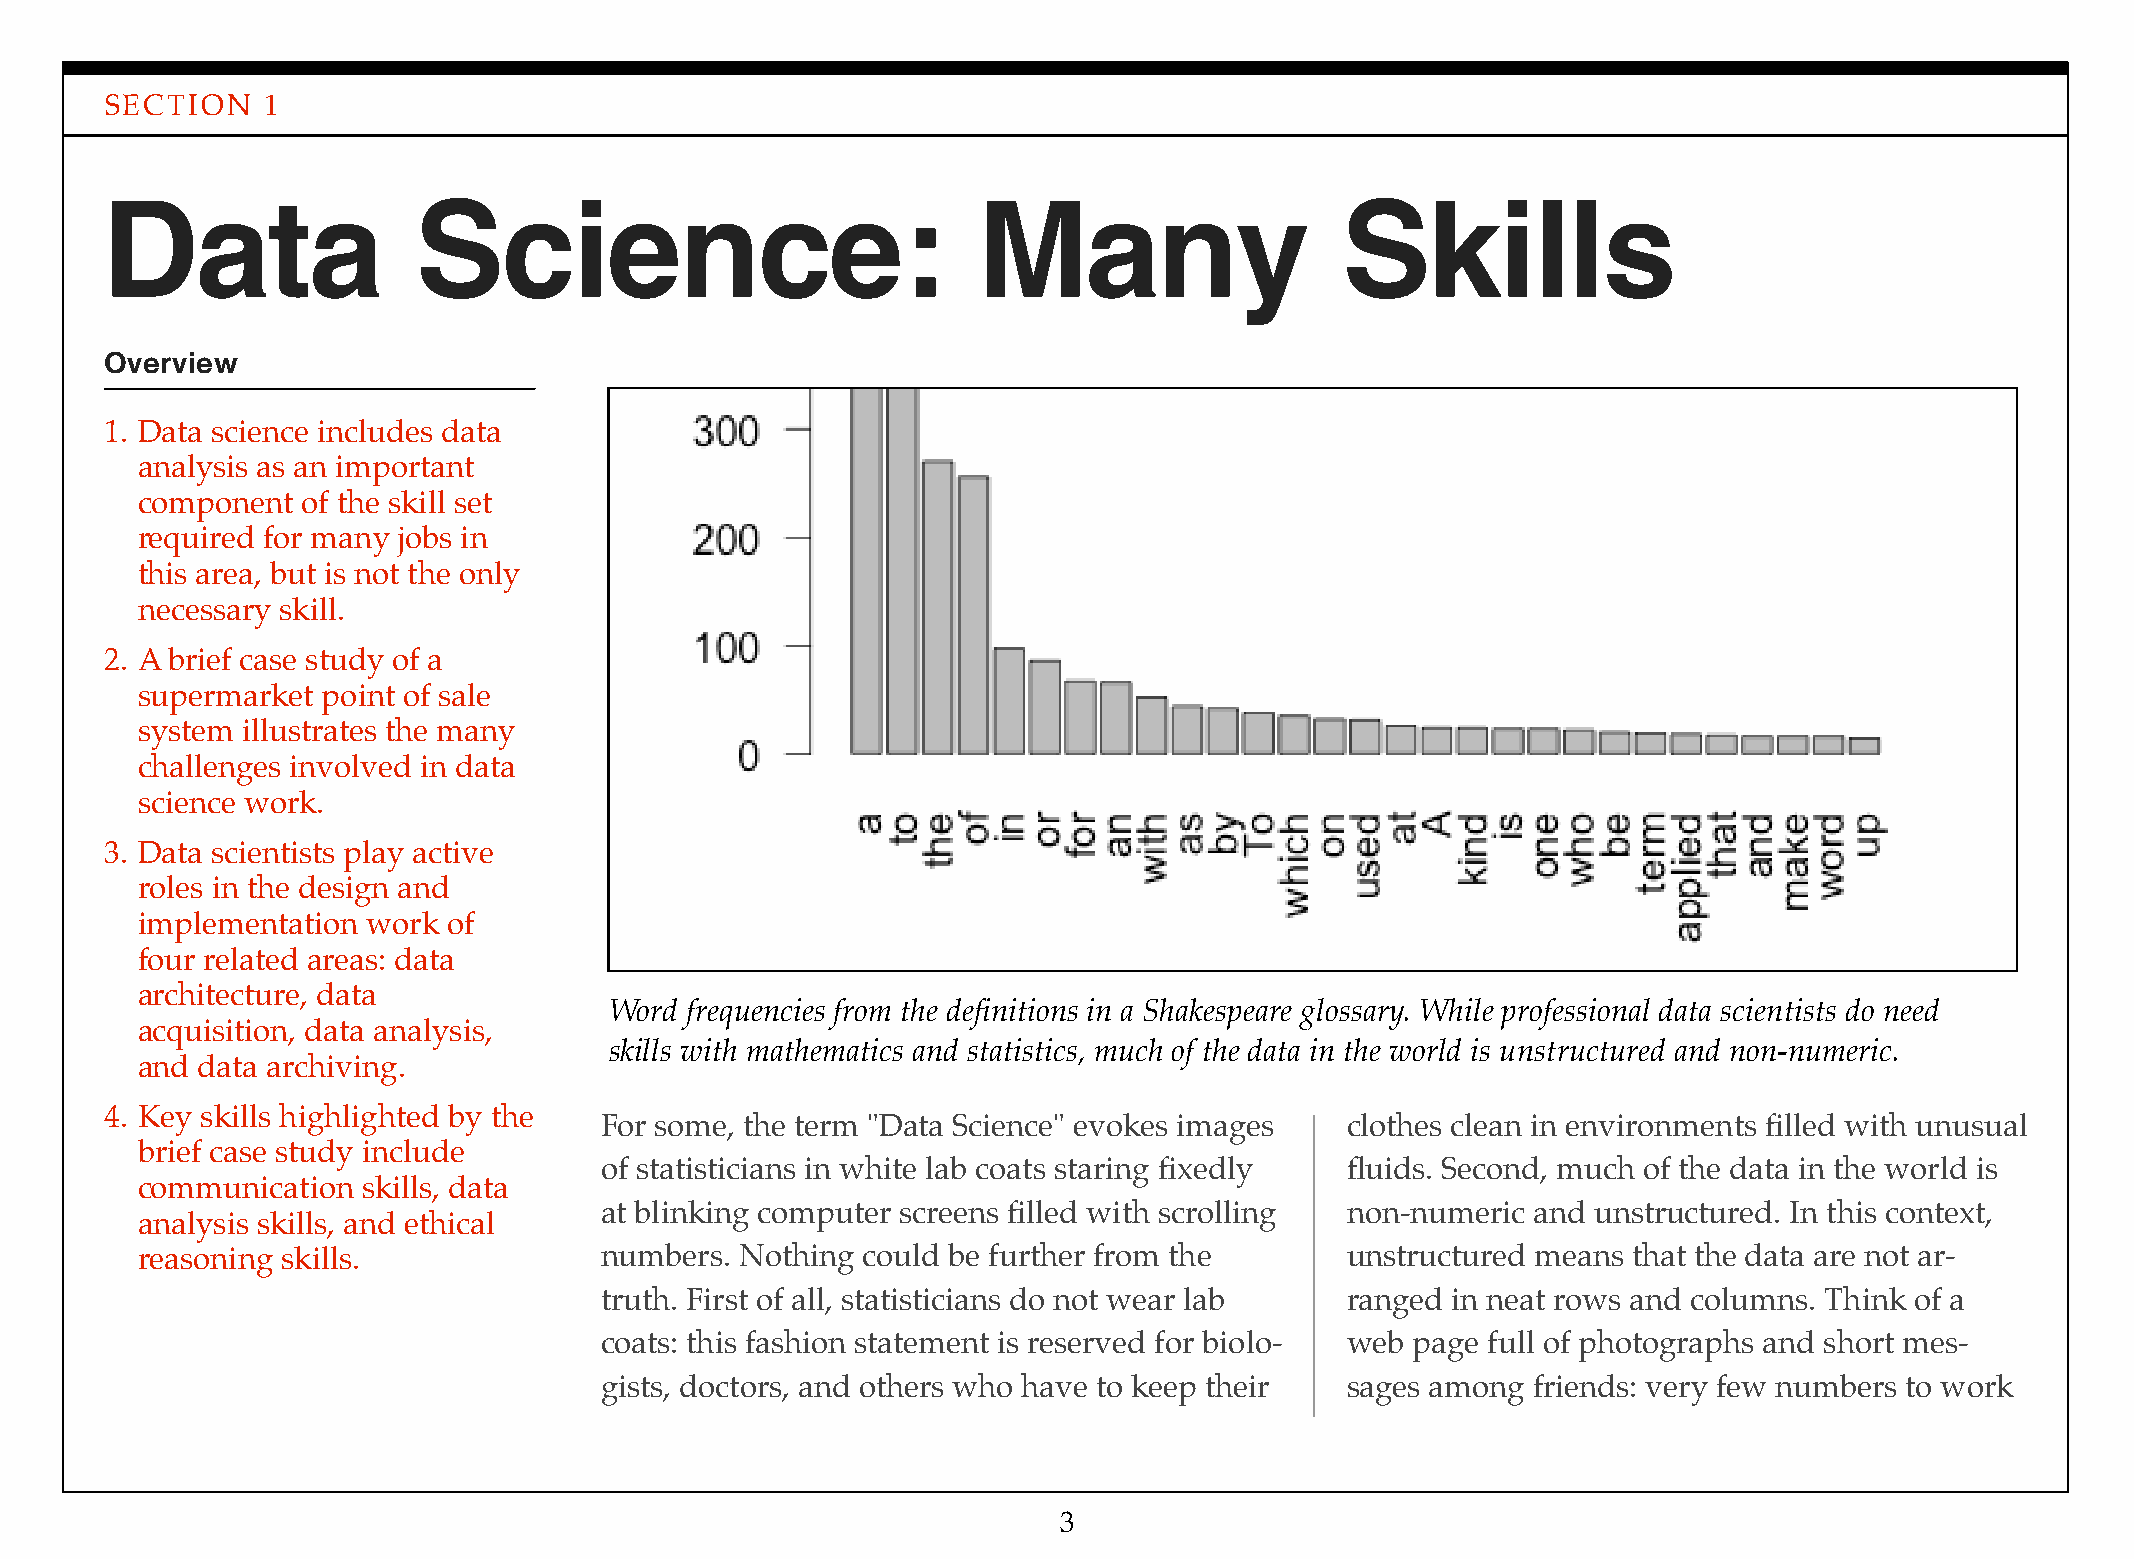
SECTION   1
 Data                Science:                              Many                    Skills
 Overview
 1. Data science includes data
 analysis as an important
 component  of the skill set
 required for many jobs in
 this area, but is not the only
 necessary skill.
 2. A brief case study of a
 supermarket point of sale
 system illustrates the many
 challenges involved in data
 science work.
 3. Data scientists play active
 roles in the design and
 implementation work  of
 four related areas: data
 architecture, data
 Word frequencies from the definitions in a Shakespeare glossary. While professional data scientists do need
 acquisition, data analysis,
 skills with mathematics and statistics, much of the data in the world is unstructured and non-numeric.
 and data archiving.
 4. Key skills highlighted by the
 For some, the term "Data Science" evokes images  clothes clean in environments filled with unusual
 brief case study include
 of statisticians in white lab coats staring fixedly fluids. Second, much of the data in the world is
 communication  skills, data
 at blinking computer screens filled with scrolling non-numeric and unstructured. In this context,
 analysis skills, and ethical
 reasoning skills.              numbers. Nothing could be further from the       unstructured means that the data are not ar-
 truth. First of all, statisticians do not wear lab ranged in neat rows and columns. Think of a
 coats: this fashion statement is reserved for biolo- web page full of photographs and short mes-
 gists, doctors, and others who have to keep their sages among friends: very few numbers to work
 3